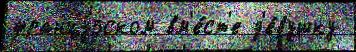
францу́зском вм'е́ст'е д'е́вушку